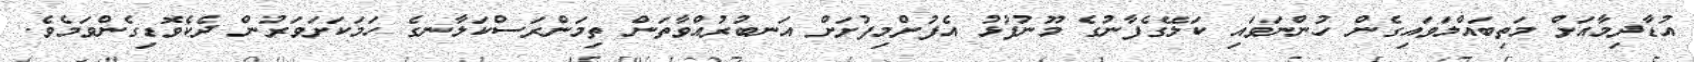
އުޑާދިމާއަށް މަތިބައްލަވައިގެން ހުންނަވައި ކަލޭގެފާނުގެ މޫނުފުޅު އެފުށްމިފުށަށް އަނބުރުއްވާތަން ތިމަންރަސްކަލާނގެ ހަމަކަށަވަރުން ދެކެވޮޑިގެންވަމެވެ.